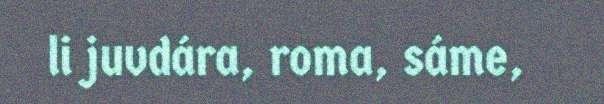
li juvdára, roma, sáme,